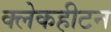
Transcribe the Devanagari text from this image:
क्लेकहीटन